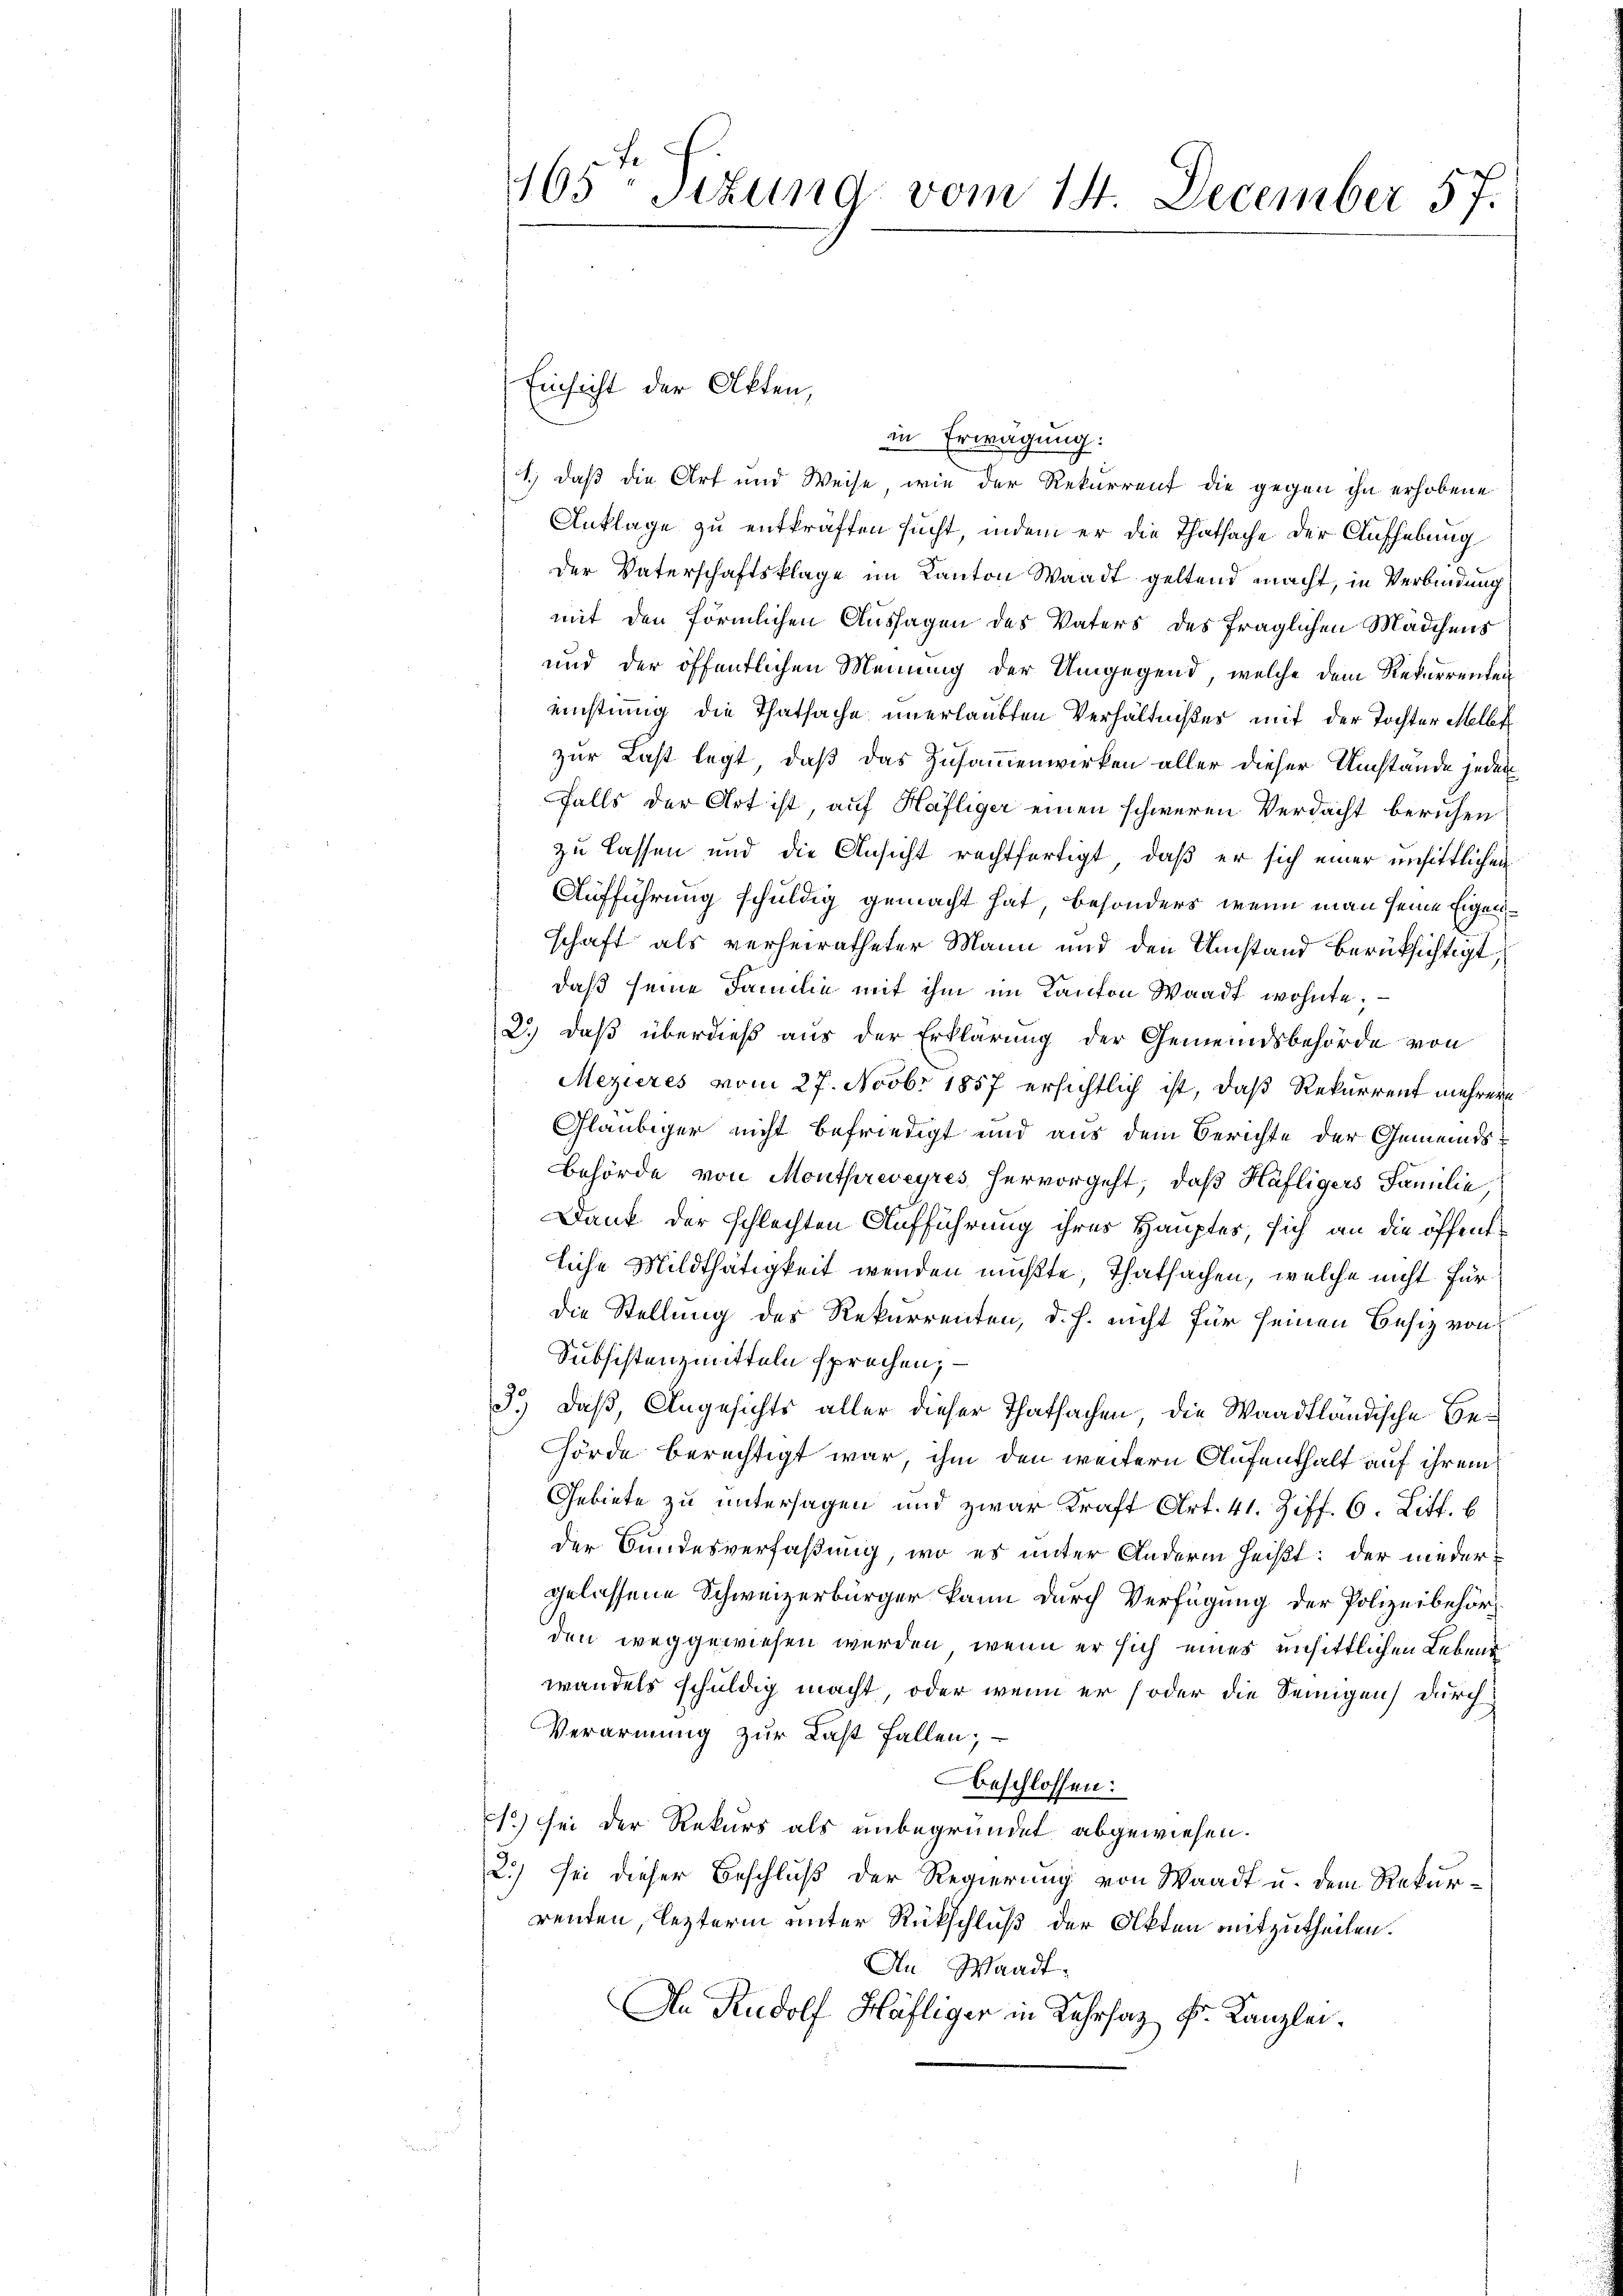
165 sizung vom 14. December 57.

1.) daß die Art und Weise, wie der Rekurrent die gegen ihn erhobene
Anklage zu entkräften sucht, indem er die Thatsache der Aufhebung
Der Vaterschaftsklage im Kanton Waadt geltend macht, in Verbindung
mit den förmlichen Aussagen des Vaters des fraglichen Mädchens
und der öffentlichen Meinung der Umgegend, welche dem Rekurrenten
eistung die Thatsache unerlaubten Verhältnißes mit der Tochter Mell
zur Last legt, daß das Zusammenwirken aller dieser Umstände jeden
falls der Art ist, auf Häfliger einen schweren Verdacht beruhen
zu lassen und die Ansicht rechtfertigt, daß er sich einer unsittlichen
Aufführung schuldig gemacht hat, besonders, wenn man seine Eigenschaft als verheiratheter Mann und den Umstand berücksichtigt,
daß seine Familie mit ihm im Kanton Waadt wohnte,
2.) daß überdieß aus der Erklärung der Gemeindsbehörde von
Mezieres vom 27. Novbr 1857 ersichtlich ist, daß Rekurrent mehrere
Gläubiger nicht befriedigt und aus dem Berichte der Gemeinds¬
Behörde von Monthreveyres hervorgeht, daß Häfligers Familie,
Dank der schlechten Aufführung ihres Hauptes, sich an die öffentliche Mildthätigkeit wenden mußte Thatsachen, welche nicht für
die Stellung des Rekurrenten, d. h. nicht für seinen Besiz von
Subsistenzmitteln sprechen, –
3.) Daß, Angesichts aller dieser Thatsachen, die Waadtländische Behörde berechtigt war, ihm den weitern Aufenthalt auf ihrem
Gebiete zu untersagen und zwar Kraft Art. 41. Ziff. 6. Litt. b
der Bundesverfaßung, wo es unter Anderm heißt: der niedergelassene Schweizerbürger kann durch Verfügung der Polizeibehörden weggewiesen werden, wenn er sich eines unsittlichen Lebens
wandels schuldig macht, oder wenn er soder die Senigen durch
Verarmung zur Last fallen;
beschlossen:
c) sei der Rekurs als unbegründet abgewiesen.
2.) Sei dieser Beschluß der Regierung von Waadt u. dem Rekurrenten, lezterm unter Rückschluß der Akten mitzutheilen.
An Waadt.
An Rudolf Häfliger in Lehrsaz Fr. Kanzlei¬

Einsicht der Akten,

in Erwägung: